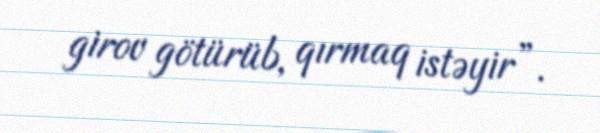
girov götürüb, qırmaq istəyir”.